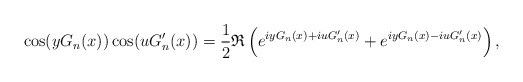
\begin{align*}\cos(y G_n(x))\cos(u G_n'(x))=\frac{1}{2}\mathfrak{R}\left(e^{iy G_n(x)+iu G_n'(x)} + e^{iy G_n(x) - iu G_n'(x)}\right),\end{align*}